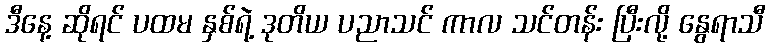
ဒီနေ့ ဆိုရင် ပထမ နှစ်ရဲ့ ဒုတိယ ပညာသင် ကာလ သင်တန်း ပြီးလို့ နွေရာသီ